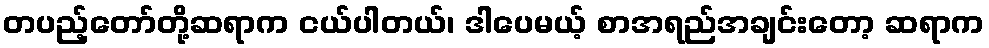
တပည့်တော်တို့ဆရာက ငယ်ပါတယ်၊ ဒါပေမယ့် စာအရည်အချင်းတော့ ဆရာက